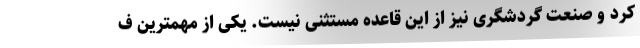
کرد و صنعت گردشگری نیز از این قاعده مستثنی نیست. یکی از مهمترین ف